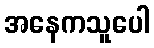
အနေကသူပေါ